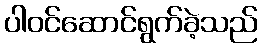
ပါဝင်ဆောင်ရွက်ခဲ့သည်